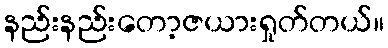
နည်းနည်းတော့ဇယားရှုတ်တယ်။